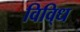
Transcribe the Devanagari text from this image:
विवि्ध